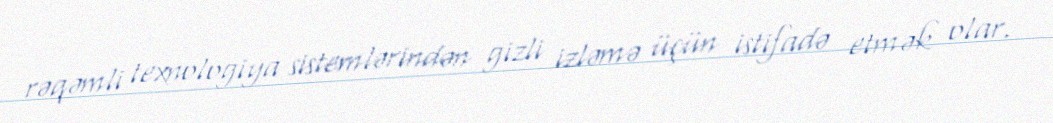
rəqəmli texnologiya sistemlərindən gizli izləmə üçün istifadə etmək olar.